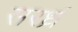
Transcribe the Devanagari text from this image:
सरध्रं